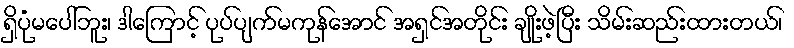
ရှိပုံမပေါ်ဘူး၊ ဒါကြောင့် ပုပ်ပျက်မကုန်အောင် အရှင်အတိုင်း ချိုးဖဲ့ပြီး သိမ်းဆည်းထားတယ်၊